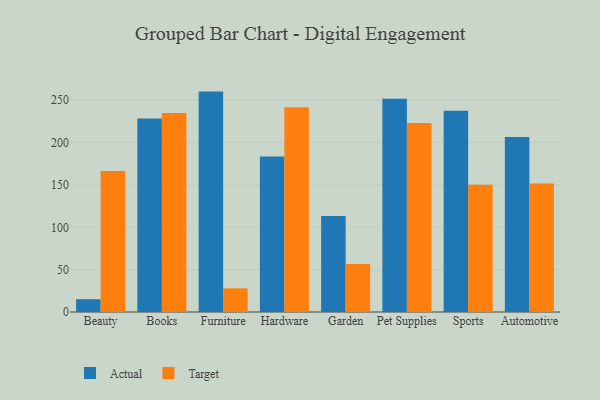
{"axis": {"x": "Category", "y": "Backlog"}, "legend": ["Actual", "Target"], "data": [{"x": "Beauty", "y": 15.1, "type": "Actual"}, {"x": "Beauty", "y": 166.5, "type": "Target"}, {"x": "Books", "y": 228.4, "type": "Actual"}, {"x": "Books", "y": 234.8, "type": "Target"}, {"x": "Furniture", "y": 260.2, "type": "Actual"}, {"x": "Furniture", "y": 27.9, "type": "Target"}, {"x": "Hardware", "y": 183.6, "type": "Actual"}, {"x": "Hardware", "y": 241.8, "type": "Target"}, {"x": "Garden", "y": 113.4, "type": "Actual"}, {"x": "Garden", "y": 56.7, "type": "Target"}, {"x": "Pet Supplies", "y": 251.9, "type": "Actual"}, {"x": "Pet Supplies", "y": 223.2, "type": "Target"}, {"x": "Sports", "y": 237.6, "type": "Actual"}, {"x": "Sports", "y": 150.1, "type": "Target"}, {"x": "Automotive", "y": 206.5, "type": "Actual"}, {"x": "Automotive", "y": 151.7, "type": "Target"}]}